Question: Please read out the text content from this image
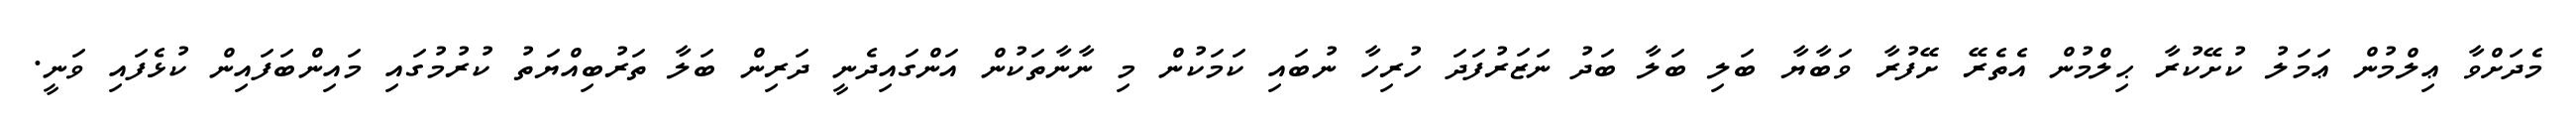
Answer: މެދަށްވާ ޢިލްމުން ޢަމަލު ކުށޭކުރާ ޙިލްމުން އެތެރޭ ށޭފުރާ ވަބާޔާ ބަލި ބަލާ ބަދު ނަޒަރުފަދަ ހުރިހާ ނުބައި ކަމަކުން މި ނާނާތަކުން އަންގައިދެނީ ދަރިން ބަލާ ތަރުބިއްޔަތު ކުރުމުގައި މައިންބަފައިން ކުޅެފައި ވަނީ.